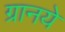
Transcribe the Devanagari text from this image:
ग्रानये